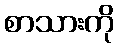
စာသားကို